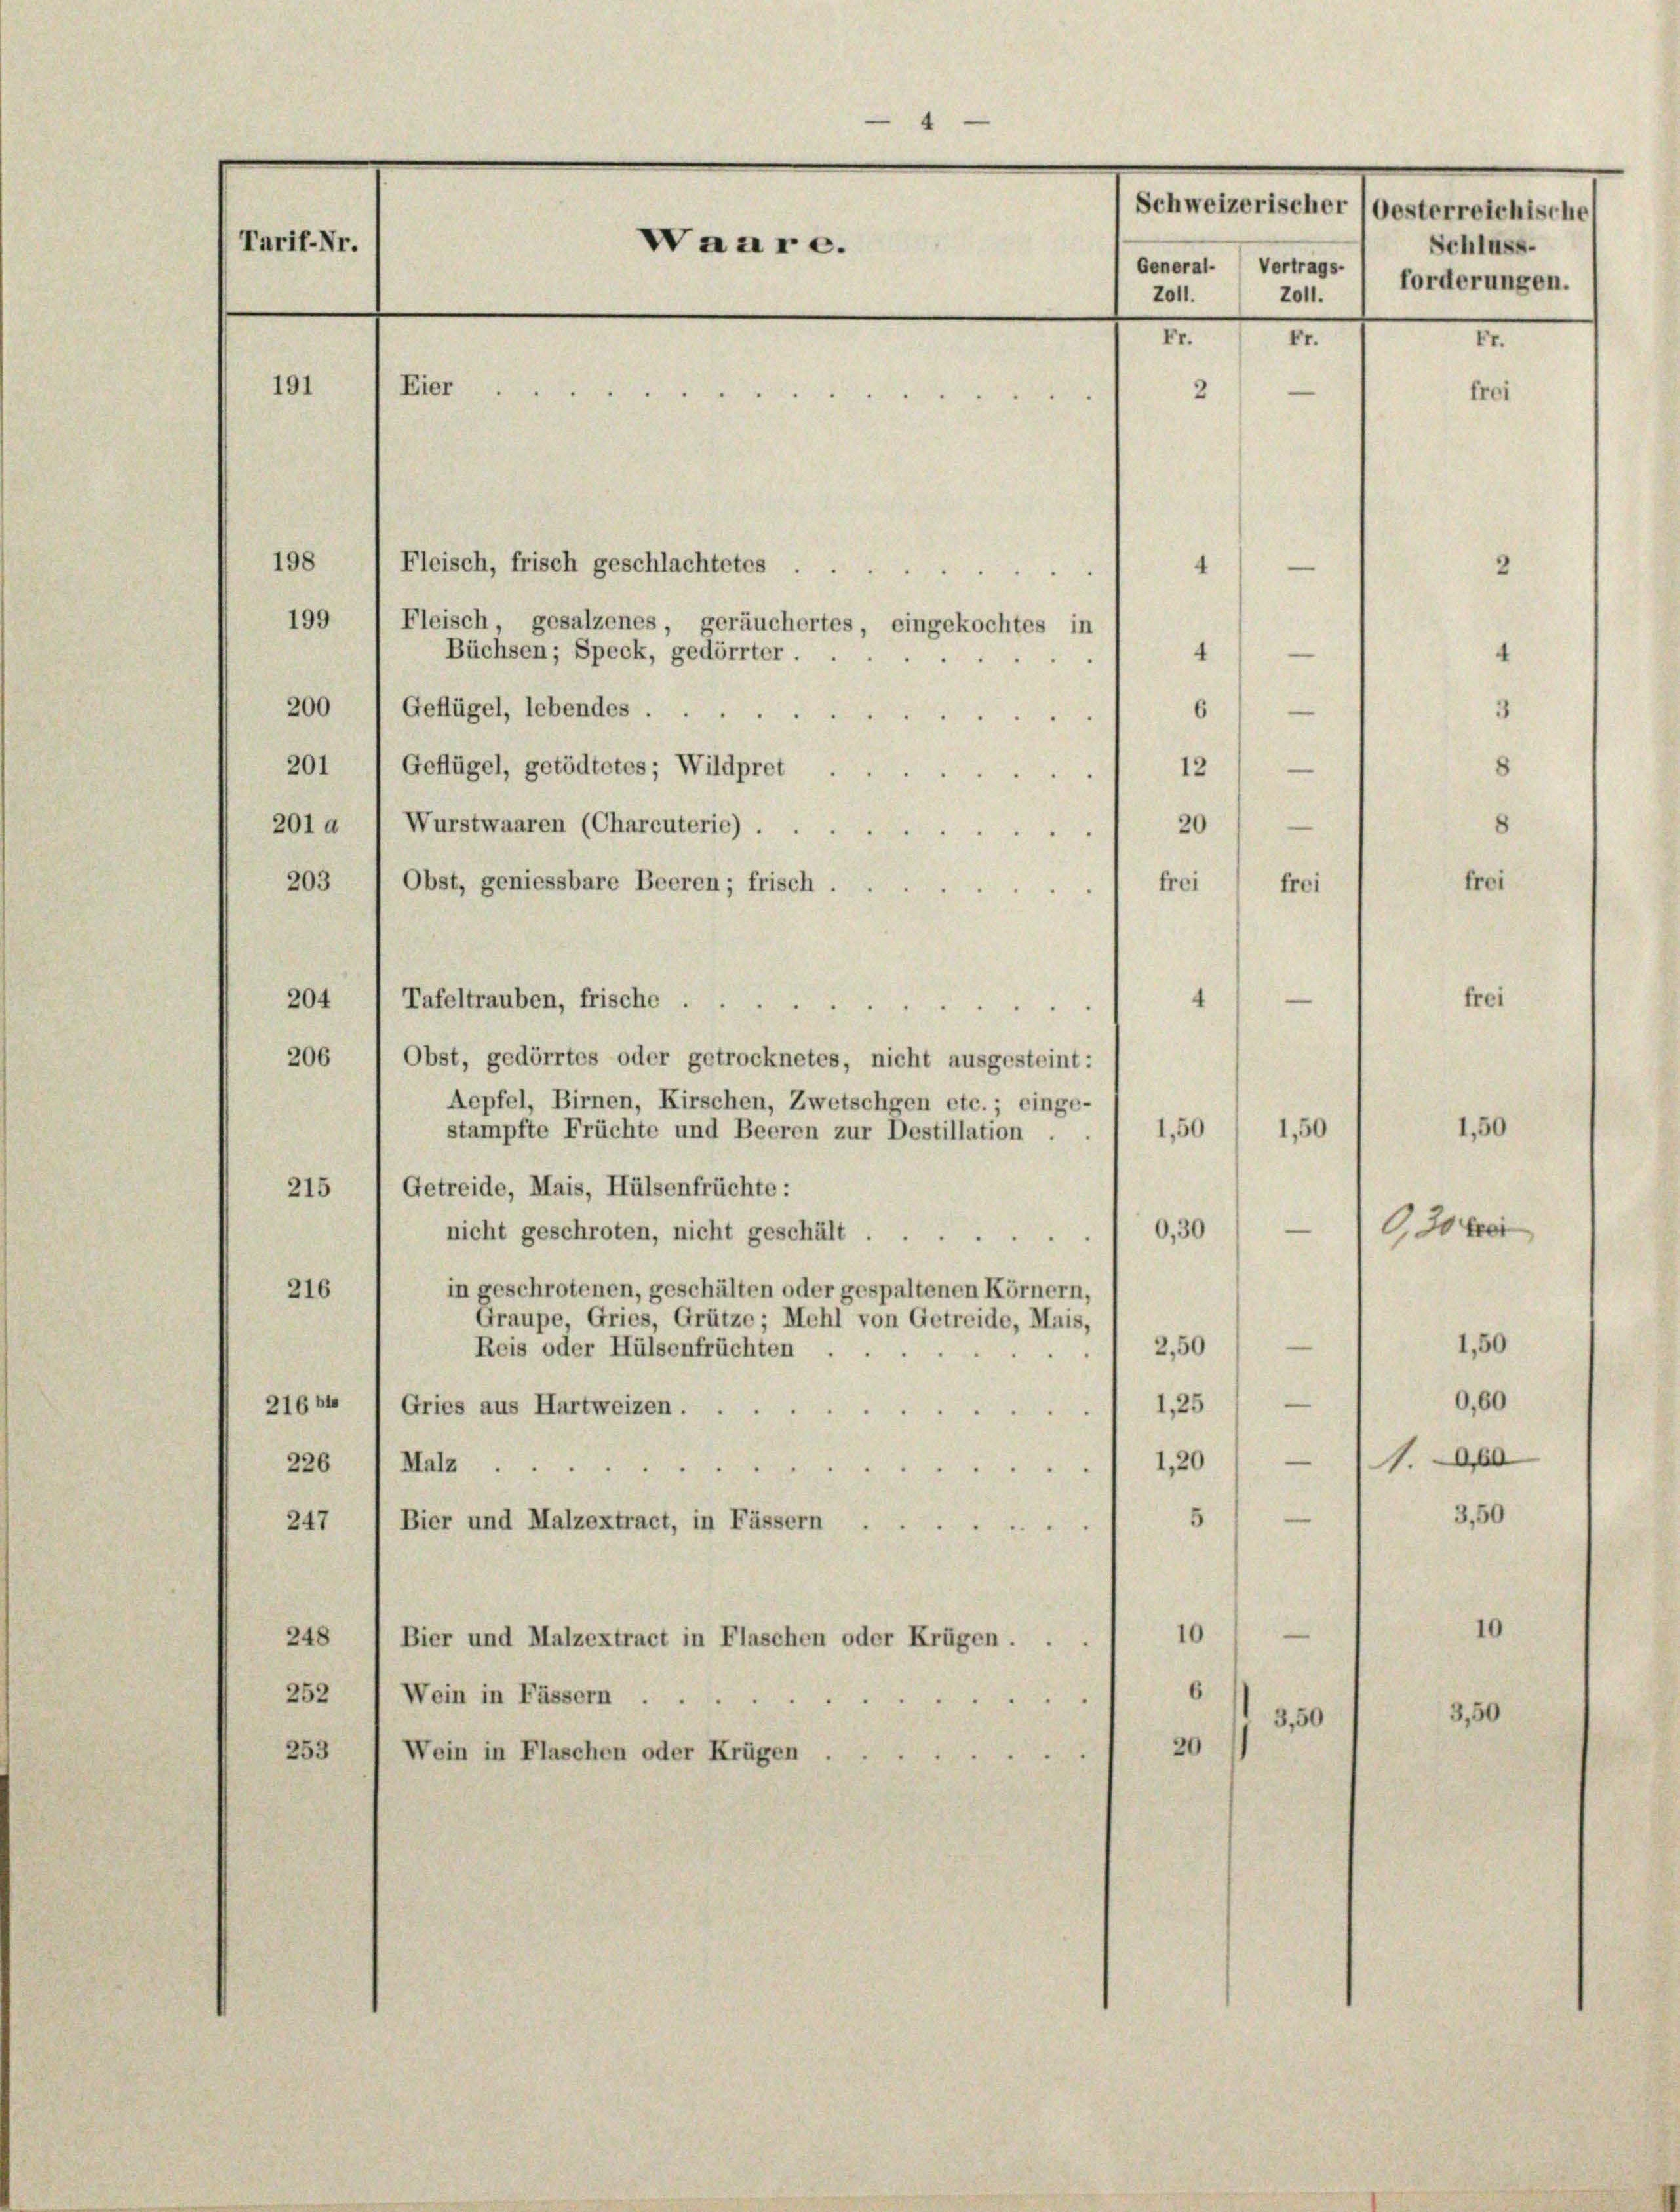
"
Schweizerischer (Oesterreichische
Tarif-Nr.
Waare.
General. Vertrags-
Z011.
2011.
II.
I
Eier.
191
e
2
.

198
Fleisch, frisch geschlachtetes
—
4
199
Fleisch, gesalzenes, geräuchertes, eingekochtes in
Büchsen; Speck, gedörrter.
4
200
Geflügel, lebendes ...
6
201) Geflügel, getödtetes; Wildpret
12)
201 a 1 Wurstwaaren (Charcuterie).
20

203
Obst, geniessbare Beeren; frisch.
frei
—
204
Tafeltrauben, frische .
4

206
Obst, gedörrtes oder getrocknetes, nicht ausgesteint:
Aepfel, Birnen, Kirschen, Zwetschgen etc.; einge-
1,50
stampfte Früchte und Beeren zur Destillation
Getreide, Mais, Hülsenfrüchte:
215
0,30
nicht geschroten, nicht geschält
in geschrotenen, geschälten oder gespaltenen Körnern,
216
Graupe, Gries, Grütze; Mehl von Getreide, Mais,
—
2,50
Reis oder Hülsenfrüchten ...
.
21661
Gries aus Hartweizen 1,25 / —
226 1 Malz 1,20) —
51
247
Bier und Malzextract, in Fässern
—
10
248
Bier und Malzextract in Flaschen oder Krügen . .
252 (Wein in Fässern.
d
3,50
20
253 ( Wein in Flaschen oder Krügen

—

frei

1,50
—

Schluss.
forderungen.
I

frei

frei

1,50

frei

0,30 be

1,50
0,60
1.
3,50

3,50

10